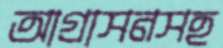
আগ্রাসনসহ